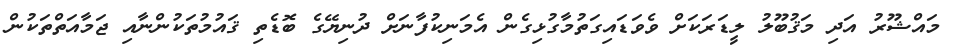
މައްޝޫރު އަދި މަޤުބޫލު ލީޑަރަކަށް ވެވަޑައިގަތުމާގުޅިގެން އެމަނިކުފާނަށް ދުނިޔޭގެ ބޮޑެތި ޤައުމުތަކުންނާއި ޖަމާއަތްތަކުން